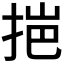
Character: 𭠼